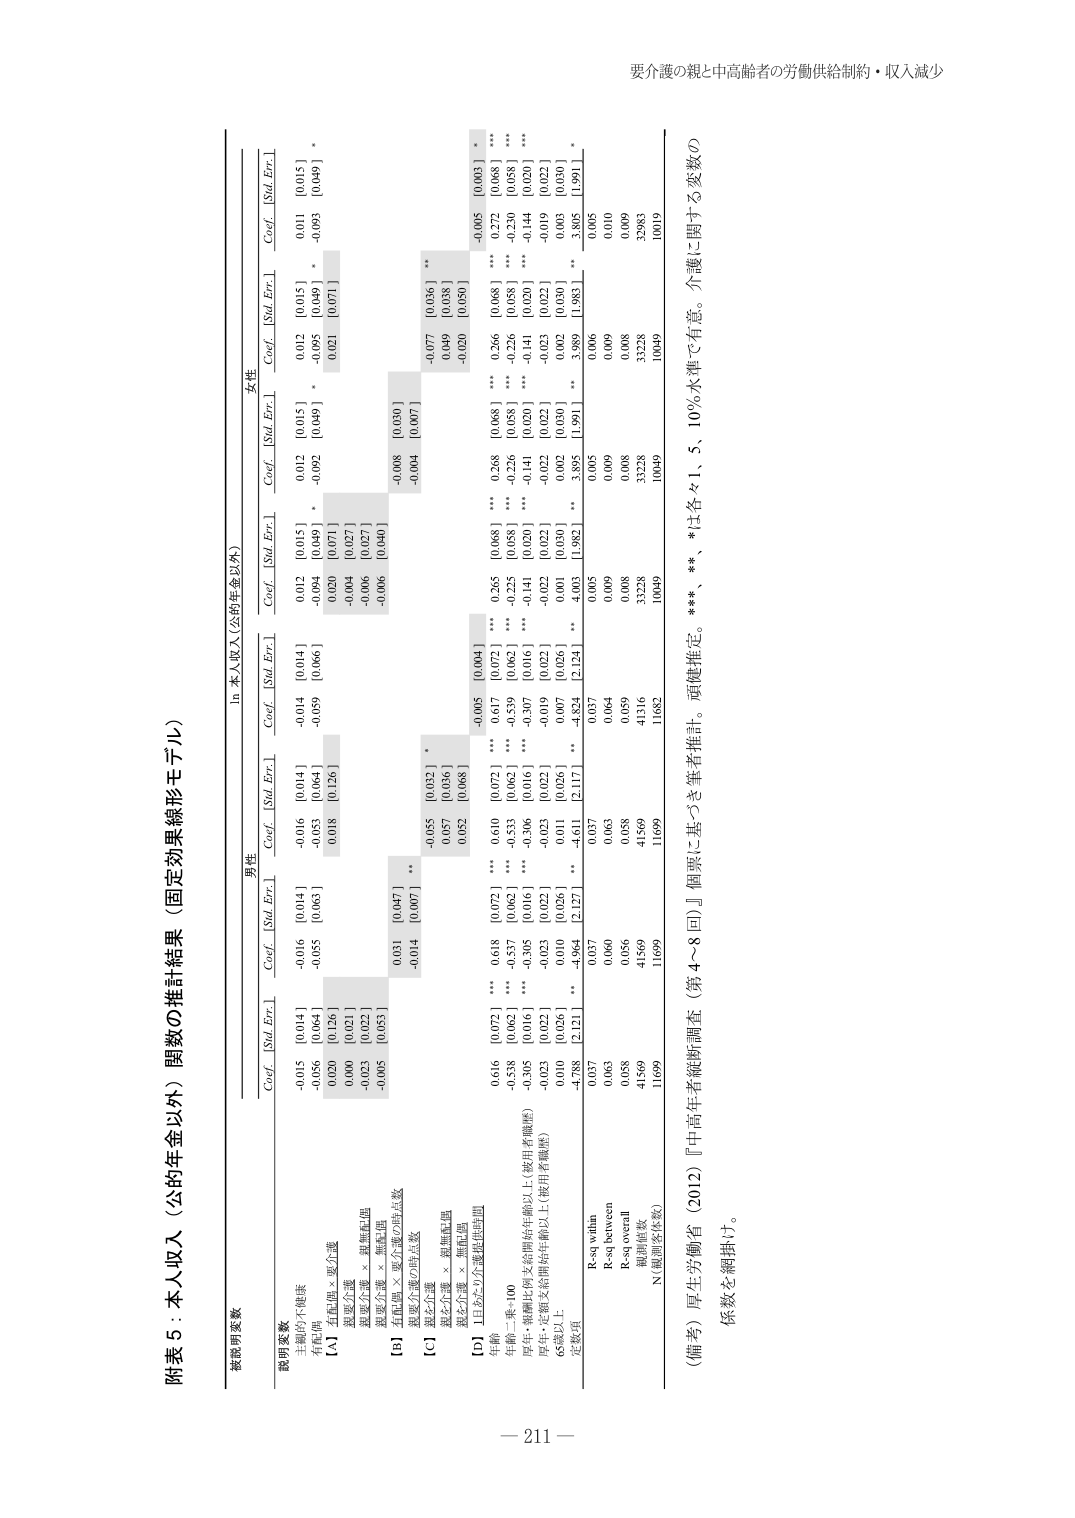
附表5：本人収入（公的年金以外）関数の推計結果（固定効果線形モデル）

被説明変数

説明変数

男性

女性

In 本人収入（公的年金以外）

Coef. [Std. Err.]

Coef. [Std. Err.]

Coef. [Std. Err.]

Coef. [Std. Err.]

Coef. [Std. Err.]

Coef. [Std. Err.]

主観的不健康

-0.015 [0.014]

-0.016 [0.014]

-0.014 [0.014]

-0.012 [0.015]

-0.012 [0.015]

-0.011 [0.015]

有病体験歴 × 要介護

-0.056 [0.064]

-0.055 [0.063]

-0.053 [0.064]

-0.059 [0.066]

-0.094 [0.095]

-0.095 [0.095]

[A] 主観的健康 × 要介護

0.020 [0.126]

0.018 [0.126]

0.020 [0.071]

0.092 [0.049]

0.021 [0.071]

健康力指数

0.000 [0.021]

-0.004 [0.027]

健康力指数 × 無職転職

-0.023 [0.022]

-0.006 [0.027]

[B] 主観的健康 × 要介護/要介護状態数

-0.005 [0.053]

-0.006 [0.040]

健康力指数 × 要介護状態数

0.031 [0.047]

-0.008 [0.050]

[C] 健康力指数

-0.014 [0.007]

-0.040 [0.007]

健康力指数 × 無職転職

-0.055 [0.032]

-0.077 [0.036]

健康力指数 × 要介護状態数

0.057 [0.036]

0.049 [0.038]

[D] 1日あたりの通勤時間

0.052 [0.068]

-0.020 [0.050]

年齢

0.616 [0.072]

0.618 [0.072]

0.610 [0.072]

-0.065 [0.044]

0.265 [0.068]

0.266 [0.068]

年齢一乗～100

-0.538 [0.062]

-0.537 [0.062]

-0.533 [0.062]

-0.539 [0.062]

-0.225 [0.058]

-0.226 [0.058]

厚年・報酬比何らかの開始年齢以上（被用者職歴）

-0.305 [0.016]

-0.305 [0.016]

-0.306 [0.016]

-0.307 [0.016]

-0.141 [0.020]

-0.141 [0.020]

厚年・定額支給開始年齢以上（被用者職歴）

-0.023 [0.022]

-0.023 [0.022]

-0.023 [0.022]

-0.019 [0.022]

-0.022 [0.022]

-0.023 [0.022]

65歳以上

0.010 [0.026]

0.010 [0.026]

0.011 [0.026]

0.007 [0.026]

0.001 [0.030]

0.002 [0.030]

定数項

-4.788 [2.121]

-4.964 [2.127]

-4.611 [2.117]

-4.824 [2.124]

3.895 [1.982]

3.989 [1.983]

R-sq within

0.037

0.037

0.037

0.005

0.005

0.006

R-sq between

0.063

0.060

0.063

0.064

0.009

0.010

R-sq overall

0.058

0.056

0.058

0.059

0.008

0.009

観測値数

41569

41569

41569

41316

33228

32983

N（観測者件数）

11699

11699

11699

10682

10049

10019

（備考）厚生労働省（2012）『中高年者縦断調査（第4～8回）』個票に基づき筆者推計。頑健推定。***、**、*は各々1、5、10％水準で有意。介護に関する変数の係数を網掛け。

要介護の親と中高齢者の労働供給制約・収入減少

－211－